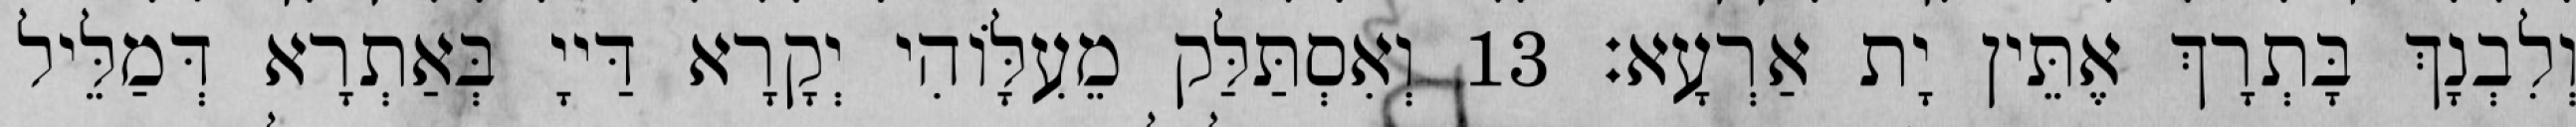
וְלִבְנָךְ בָּתְרָךְ אֶתֵּין יָת אַרְעָא׃ 13 וְאִסְתַּלַּק מֵעִלָּוֹהִי יְקָרָא דַּייָ בְּאַתְרָא דְּמַלֵּיל